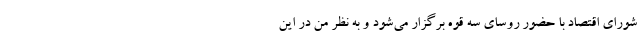
شورای اقتصاد با حضور روسای سه قوه برگزار می‌شود و به نظر من در این